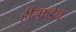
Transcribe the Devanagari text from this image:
हील्फ़डेन